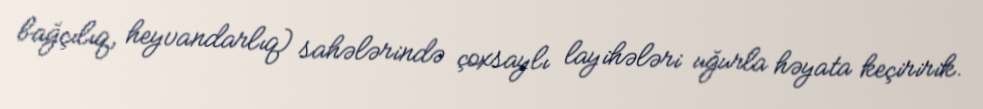
bağçılıq, heyvandarlıq) sahələrində çoxsaylı layihələri uğurla həyata keçiririk.